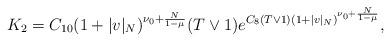
LaTeX: \begin{align*}K_2 = C_{10} (1+|v|_N)^{\nu_0+\frac{N}{1-\mu}}(T\vee 1) e^{C_8 (T\vee 1)(1+|v|_N)^{\nu_0+\frac{N}{1-\mu}}},\end{align*}